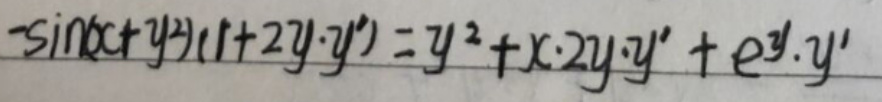
\[-\sin(x + y^{2})(1 + 2y\cdot y') = y^{2}+x\cdot 2y\cdot y'+e^{y}\cdot y'\]